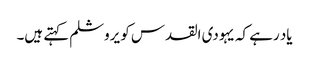
یاد رہے کہ یہودی القدس کو یروشلم کہتے ہیں۔